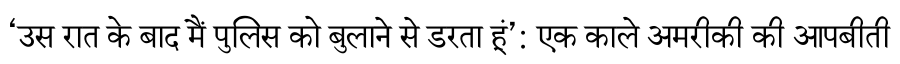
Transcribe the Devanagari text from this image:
‘उस रात के बाद मैं पुलिस को बुलाने से डरता हूं’: एक काले अमरीकी की आपबीती